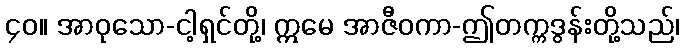
၄၀။ အာဝုသော-ငါ့ရှင်တို့၊ ဣမေ အာဇီဝကာ-ဤတက္ကဒွန်းတို့သည်၊